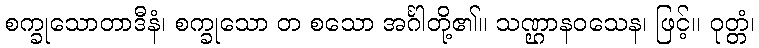
စက္ခုသောတာဒီနံ၊ စက္ခုသော တ စသော အင်္ဂါတို့၏။ သဏ္ဌာနဝသေန၊ ဖြင့်။ ဝုတ္တံ၊